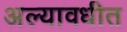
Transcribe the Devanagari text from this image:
अल्यावधीत